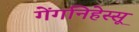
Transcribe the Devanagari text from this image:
गेंगनिहेस्सू